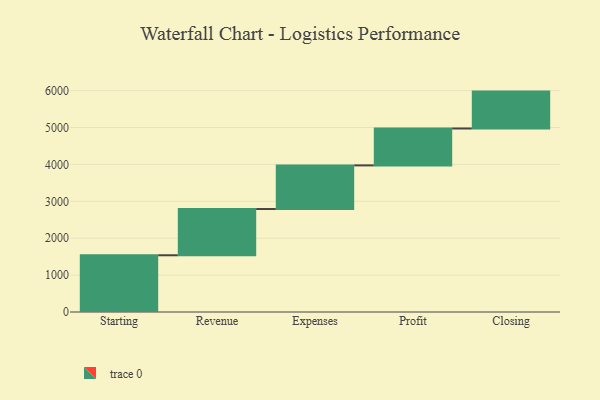
{"axis": {"x": "Step", "y": "Value"}, "legend": [""], "data": [{"x": "Starting", "y": 1538.0, "type": ""}, {"x": "Revenue", "y": 1253.0, "type": ""}, {"x": "Expenses", "y": 1183.0, "type": ""}, {"x": "Profit", "y": 1000, "type": ""}, {"x": "Closing", "y": 1000, "type": ""}]}